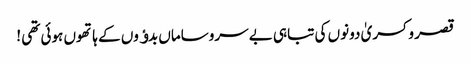
قصر و کسریٰ دونوں کی تباہی بے سروساماں بدﺅوں کے ہاتھوں ہوئی تھی !